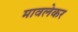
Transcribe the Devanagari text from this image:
मावलेकर